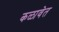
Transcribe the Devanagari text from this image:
कळावेत